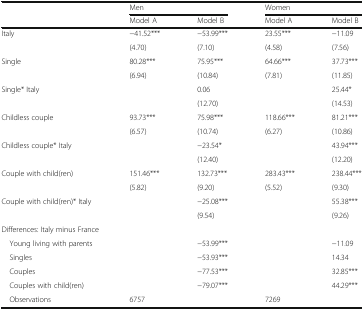
| <ROWSPAN=2>  | <COLSPAN=2> Men | <COLSPAN=2> Women |
 | Model A | Model B | Model A | Model B |
 | --- | --- | --- | --- | --- |
 | <ROWSPAN=2> Italy | −41.52*** | −53.99*** | 23.55*** | −11.09 |
 | (4.70) | (7.10) | (4.58) | (7.56) |
 | <ROWSPAN=2> Single | 80.28*** | 75.95*** | 64.66*** | 37.73*** |
 | (6.94) | (10.84) | (7.81) | (11.85) |
 | <ROWSPAN=2> Single* Italy |  | 0.06 |  | 25.44* |
 |  | (12.70) |  | (14.53) |
 | <ROWSPAN=2> Childless couple | 93.73*** | 75.98*** | 118.66*** | 81.21*** |
 | (6.57) | (10.74) | (6.27) | (10.86) |
 | <ROWSPAN=2> Childless couple* Italy |  | −23.54* |  | 43.94*** |
 |  | (12.40) |  | (12.20) |
 | <ROWSPAN=2> Couple with child(ren) | 151.46*** | 132.73*** | 283.43*** | 238.44*** |
 | (5.82) | (9.20) | (5.52) | (9.30) |
 | <ROWSPAN=2> Couple with child(ren)* Italy |  | −25.08*** |  | 55.38*** |
 |  | (9.54) |  | (9.26) |
 | <COLSPAN=5> Differences: Italy minus France |
 | Young living with parents |  | −53.99*** |  | −11.09 |
 | Singles |  | −53.93*** |  | 14.34 |
 | Couples |  | −77.53*** |  | 32.85*** |
 | Couples with child(ren) |  | −79.07*** |  | 44.29*** |
 | Observations | <COLSPAN=2> 6757 | <COLSPAN=2> 7269 |